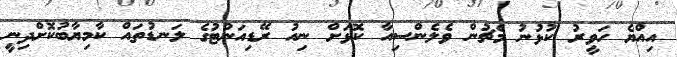
އިއްޔެ ހަވީރު ކުޅުނު މެޗުން ވެލެންސިއާ ކޮޅަށް ނިއު ރޭޑިއަންޓުގެ ލަނޑުތައް ކާމިޔާބުކޮށްދިނީ